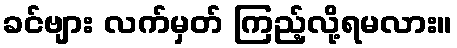
ခင်ဗျား လက်မှတ် ကြည့်လို့ရမလား။